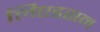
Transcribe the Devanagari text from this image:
लिएडसन